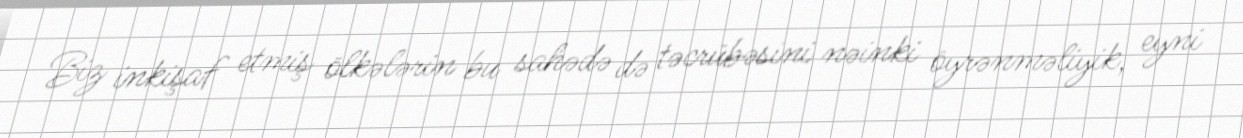
Biz inkişaf etmiş ölkələrin bu sahədə də təcrübəsini nəinki öyrənməliyik, eyni